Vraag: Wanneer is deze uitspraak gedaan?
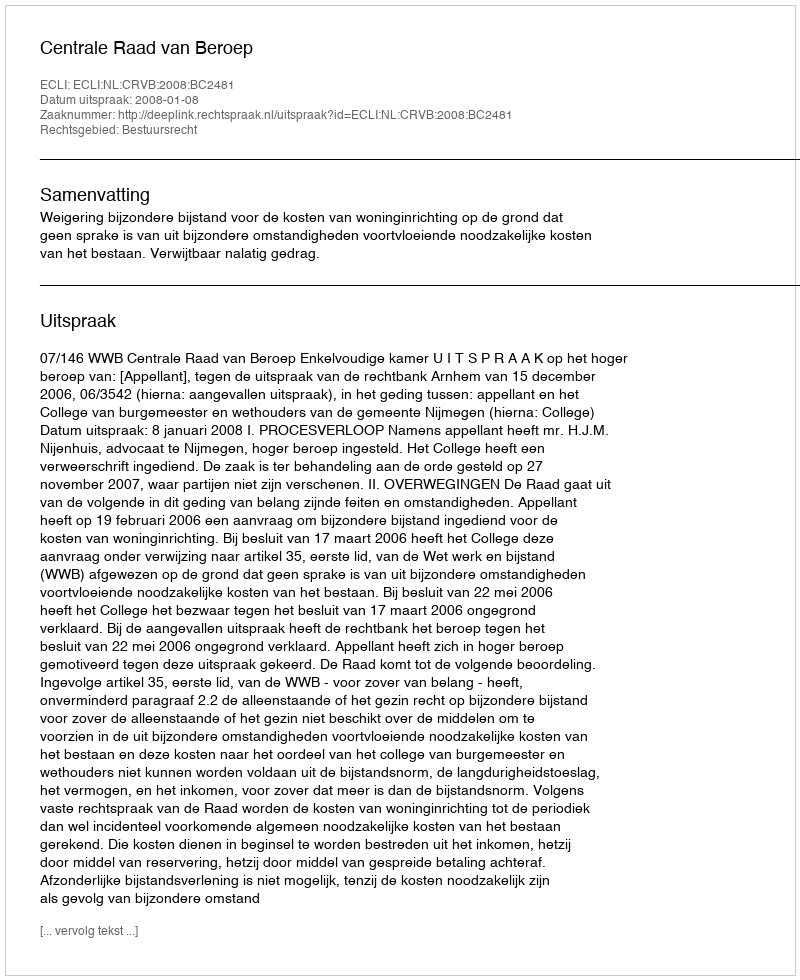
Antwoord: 2008-01-08